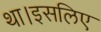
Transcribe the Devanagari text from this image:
था।इसलिए